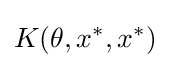
K(\theta ,x^{*},x^{*})